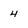
Character: 4